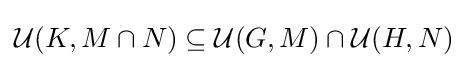
{\mathcal {U}}(K,M\cap N)\subseteq {\mathcal {U}}(G,M)\cap {\mathcal {U}}(H,N)